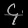
Digit: ၄